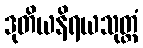
ဒုတိယနိရယသုတ္တံ